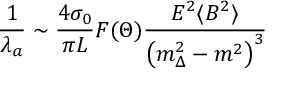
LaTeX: \frac { 1 } { \lambda _ { a } } \sim \frac { 4 \sigma _ { 0 } } { \pi L } F ( \Theta ) \frac { E ^ { 2 } \langle B ^ { 2 } \rangle } { \left( m _ { \Delta } ^ { 2 } - m ^ { 2 } \right) ^ { 3 } }